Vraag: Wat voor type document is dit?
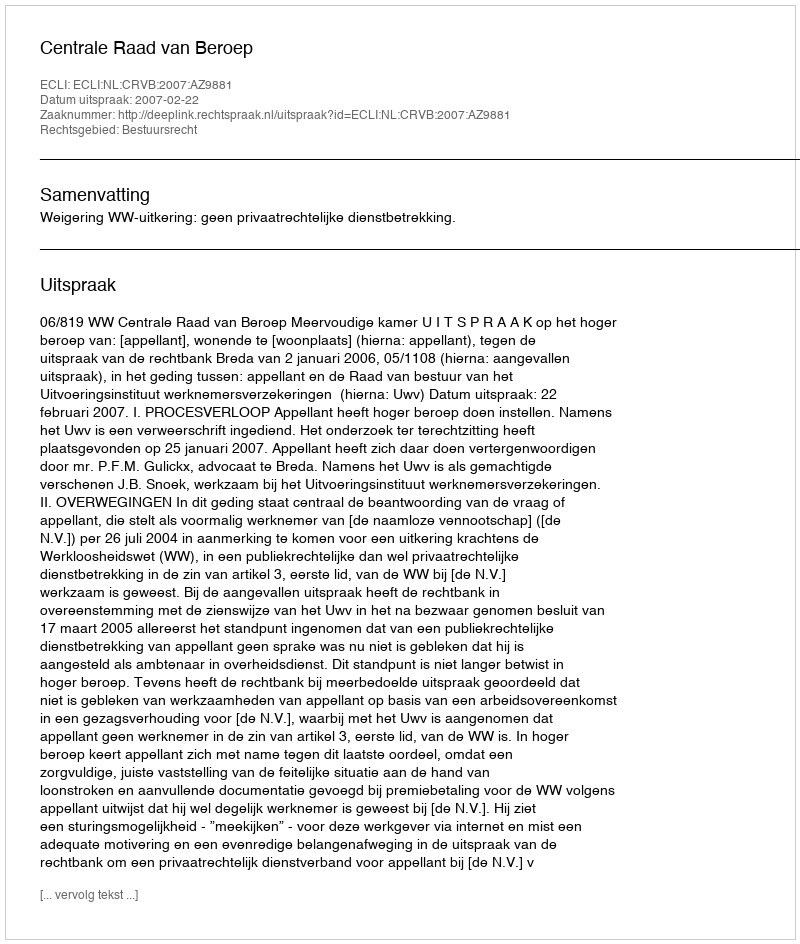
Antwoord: Uitspraak